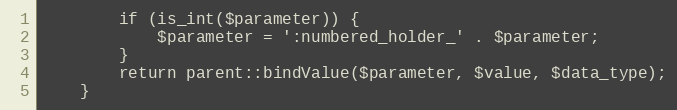
Language: PHP
        if (is_int($parameter)) {
            $parameter = ':numbered_holder_' . $parameter;
        }
        return parent::bindValue($parameter, $value, $data_type);
    }